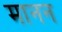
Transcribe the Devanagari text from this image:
मानन